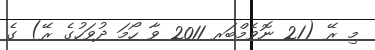
މި ރޭ (21 ނޮވެމްބަރ 2011 ވާ ހޯމަ ދުވަހުގެ ރޭ) ގެ